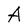
Character: A